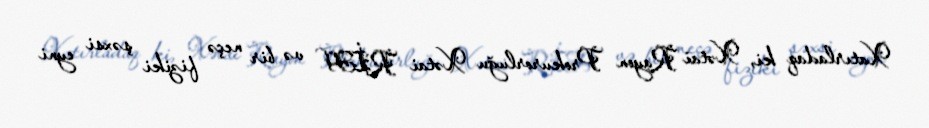
Xatırladaq ki, Xətai Rayon Prokurorluğu Xətai RİH və bir neçə fiziki şəxsi eyni